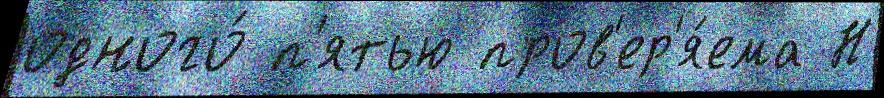
одного́ п'ятью пров'ер'я́ема Н